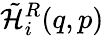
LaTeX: \tilde{{\cal H}}_{i}^{R}(q,p)